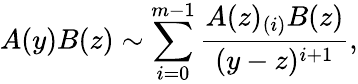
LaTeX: A(y)B(z)\sim\sum_{i=0}^{m-1}\frac{A(z)_{(i)}B(z)}{(y-z)^{i+1}},